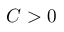
C > 0